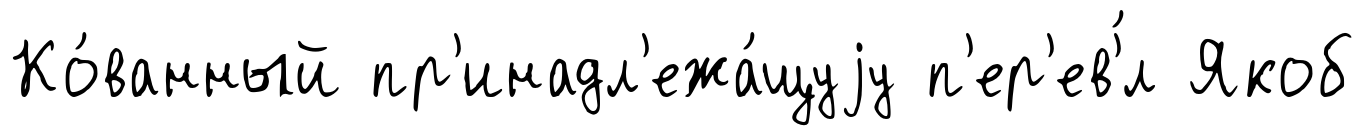
Ко́ванный пр'инадл'ежа́щуjу п'ер'ев'́л Якоб